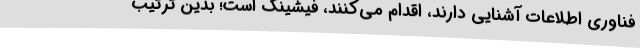
فناوری اطلاعات آشنایی دارند، اقدام می‌کنند، فیشینگ است؛ بدین ترتیب